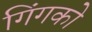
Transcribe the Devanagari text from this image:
गिंगको